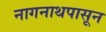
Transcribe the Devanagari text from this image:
नागनाथपासून